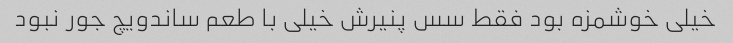
خیلی خوشمزه بود فقط سس پنیرش خیلی با طعم ساندویچ جور نبود